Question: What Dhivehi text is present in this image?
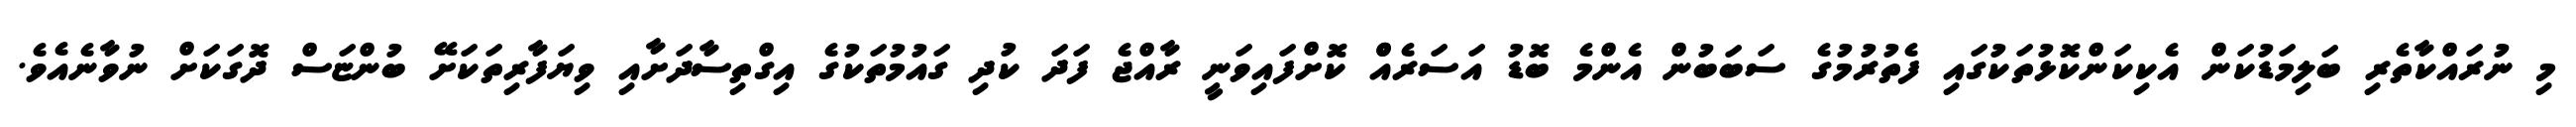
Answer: މި ނުރައްކާތެރި ބަލިމަޑުކަން އެކިކަންކޮޅުތަކުގައި ފެތުރުމުގެ ސަބަބުން އެންމެ ބޮޑު އަސަރެއްް ކޮށްފައިވަނީ ރާއްޖެ ފަދަ ކުދި ގައުމުތަކުގެ އިގްތިސާދަށާއި ވިޔަފާރިތަކަށޭ ބުންޏަސް ދޮގަކަށް ނުވާނެއެވެ.